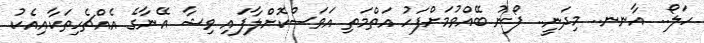
ހަލޯ.. އާނނ.. މިދަނީ.. ފޯނު ބޭއްވުމަށްފަހު އަތްމަތި އަވަސްކޮށްލާފައި ވިޝާ އޭނާގެ އެއްޗެހިތަކާއިއެކު